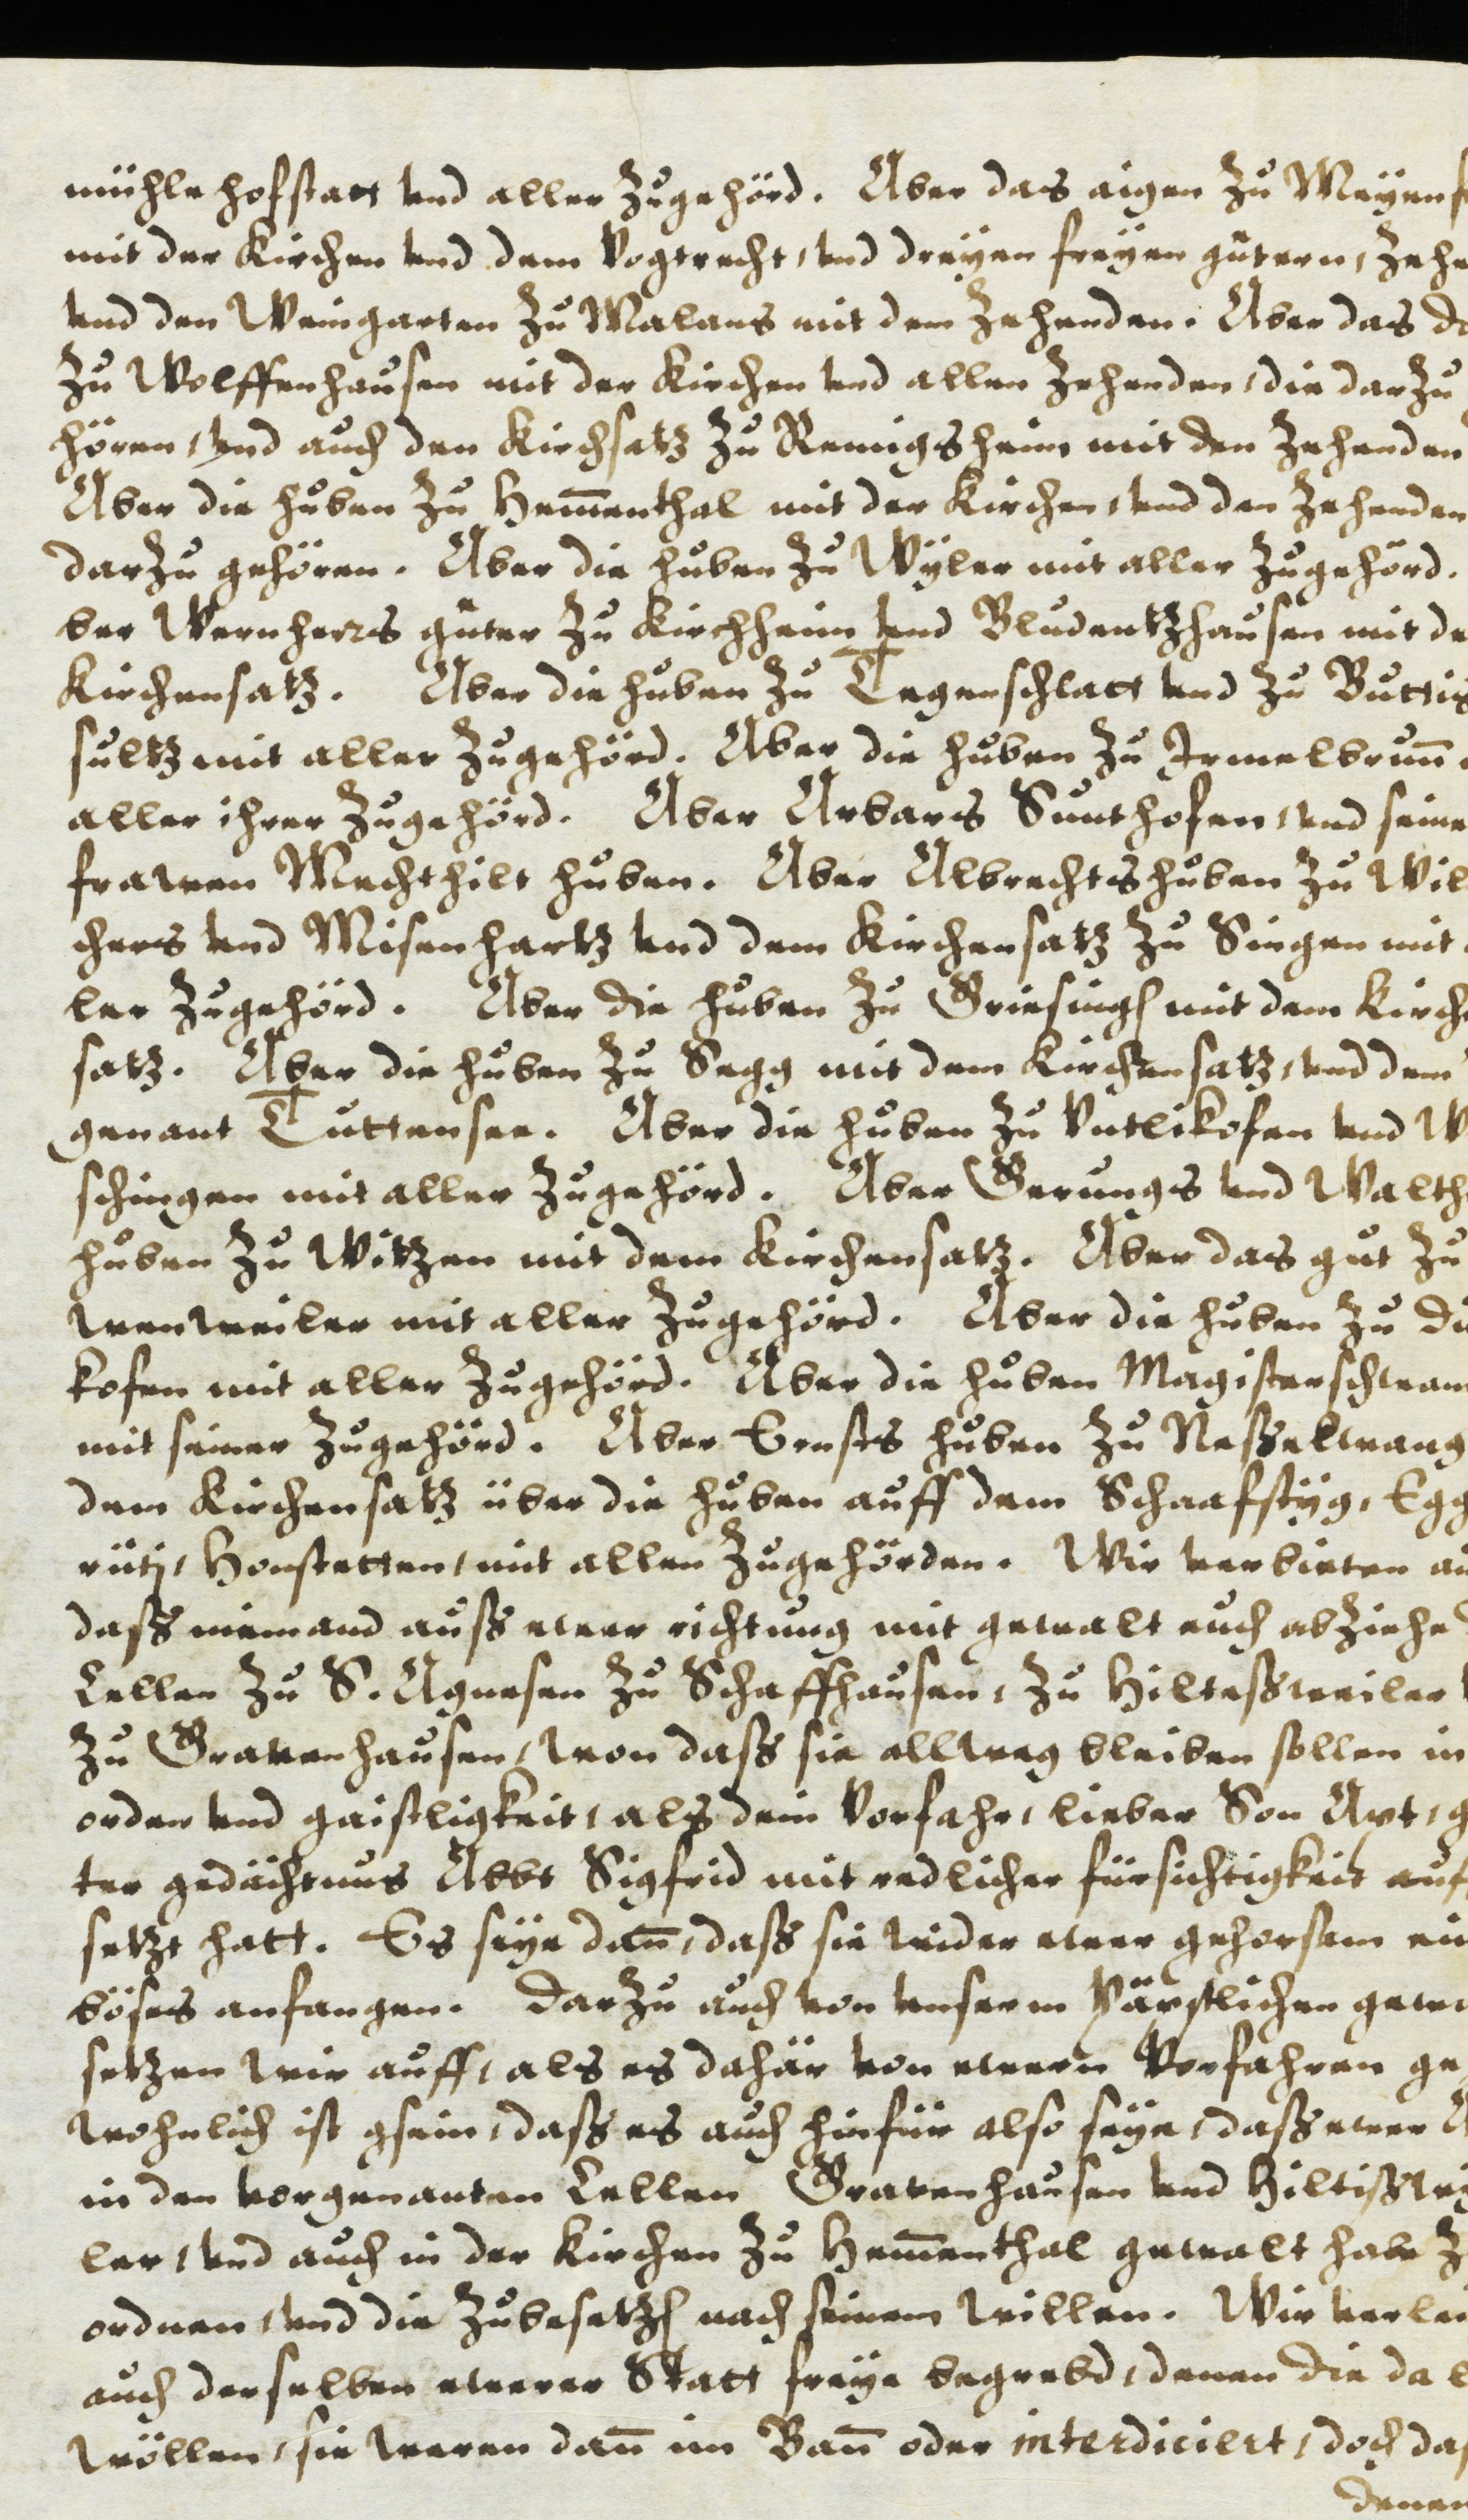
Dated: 1614–1638